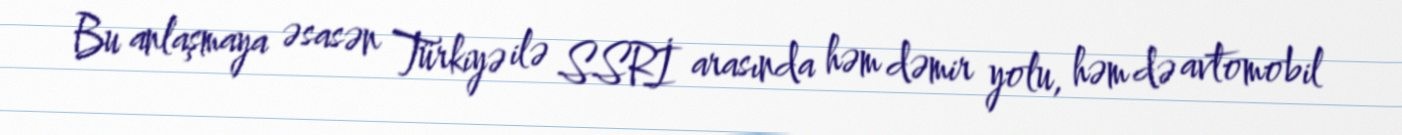
Bu anlaşmaya əsasən Türkiyə ilə SSRİ arasında həm dəmir yolu, həm də avtomobil